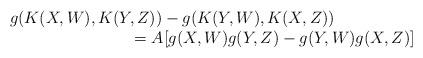
LaTeX: \begin{align*}\begin{array}{rcl}&&\ \ g(K(X,W), K(Y,Z))-g(K(Y,W),K(X,Z))\\&&\ \ \ \ \ \ \ \ \ \ \ \ \ \ \ \ \ \ \ \ \ \ \ \ \ =A[g(X,W)g(Y,Z)-g(Y,W)g(X,Z)]\end{array}\end{align*}